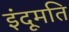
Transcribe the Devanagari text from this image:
इंदूमति